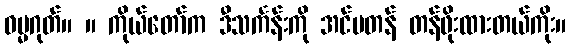
ဓမ္မဂုတ်။ ။ ကိုယ်တော်က ဒီသင်္ကန်းကို အင်မတန် တန်ဖိုးထားတယ်ကိုး။